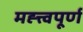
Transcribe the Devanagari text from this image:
मह्त्त्वपूर्ण